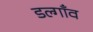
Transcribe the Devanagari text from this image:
डल्गाँव